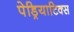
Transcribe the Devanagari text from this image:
पेड्रियाटिक्स